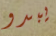
يبدو